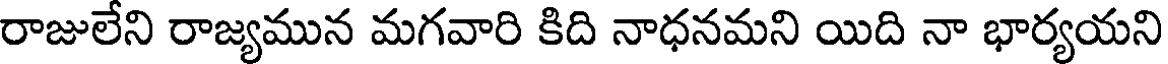
రాజులేని రాజ్యమున మగవారి కిది నాధనమని యిది నా భార్యయని